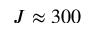
J \approx 3 0 0